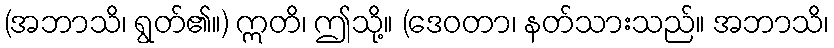
(အဘာသိ၊ ရွတ်၏။) ဣတိ၊ ဤသို့။ (ဒေဝတာ၊ နတ်သားသည်။ အဘာသိ၊